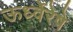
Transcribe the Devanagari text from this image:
ऊर्ध्वेरेषे